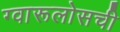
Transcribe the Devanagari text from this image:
ग्वारूलोसची